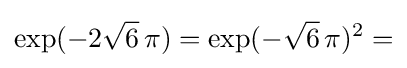
\exp(-2{\sqrt {6}}\,\pi )=\exp(-{\sqrt {6}}\,\pi )^{2}=